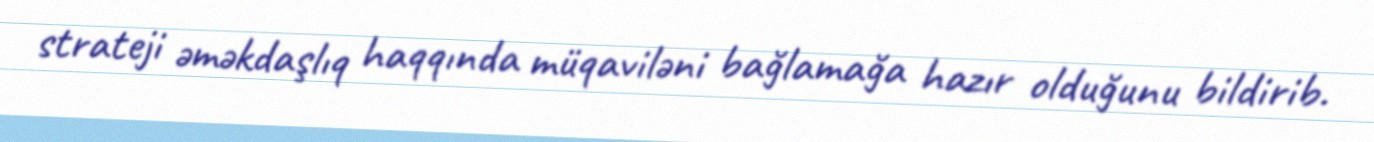
strateji əməkdaşlıq haqqında müqaviləni bağlamağa hazır olduğunu bildirib.